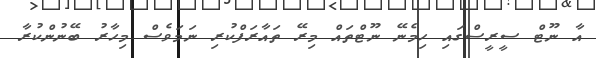
އާ ނޫޓް ސީރީސްގައި ހިމެނޭ ނޫޓްތައް މިރޭ ތައާރަފްކުރި ނަމަވެސް މިހާރު ބޭނުންކުރާ